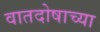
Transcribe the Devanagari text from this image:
वातदोषाच्या